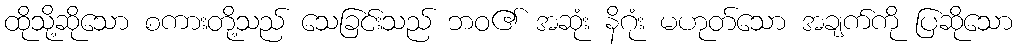
ထိုသို့ဆိုသော စကားတို့သည် သေခြင်းသည် ဘဝ၏ အဆုံး နိဂုံး မဟုတ်သော အချက်ကို ပြဆိုသော